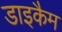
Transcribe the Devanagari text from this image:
डाइकैम